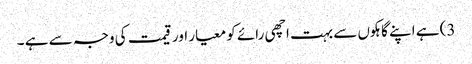
3) ہے اپنے گاہکوں سے بہت اچھی رائے کو معیار اور قیمت کی وجہ سے ہے ۔